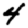
Digit: 4